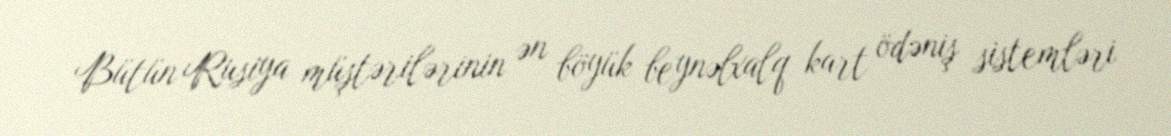
Bütün Rusiya müştərilərinin ən böyük beynəlxalq kart ödəniş sistemləri